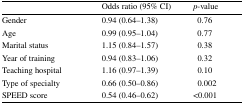
<table><thead><tr><td></td><td><b>Odds ratio (95% CI)</b></td><td><b><i>p</i>-value</b></td></tr></thead><tbody><tr><td>Gender</td><td>0.94 (0.64–1.38)</td><td> 0.76</td></tr><tr><td>Age</td><td>0.99 (0.95–1.04)</td><td> 0.77</td></tr><tr><td>Marital status</td><td>1.15 (0.84–1.57)</td><td> 0.38</td></tr><tr><td>Year of training</td><td>0.94 (0.83–1.06)</td><td> 0.32</td></tr><tr><td>Teaching hospital</td><td>1.16 (0.97–1.39)</td><td> 0.10</td></tr><tr><td>Type of specialty</td><td>0.66 (0.50–0.86)</td><td> 0.002</td></tr><tr><td>SPEED score</td><td>0.54 (0.46–0.62)</td><td>&lt;0.001</td></tr></tbody></table>